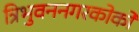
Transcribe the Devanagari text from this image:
त्रिभुवननगरकोको